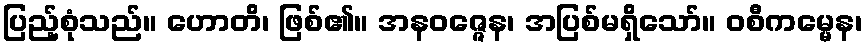
ပြည့်စုံသည်။ ဟောတိ၊ ဖြစ်၏။ အနဝဇ္ဇေန၊ အပြစ်မရှိသော်။ ဝစီကမ္မေန၊